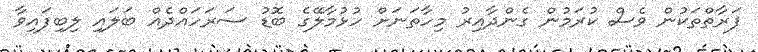
ފަރާތްތަކުން ވެސް ކުރަމުން ގެންދާއިރު މިހާތަނަށް ހުޅުމާލޭގެ ބޮޑު ސަރަހައްދެއް ބަލައި ލިބިފައިވާ